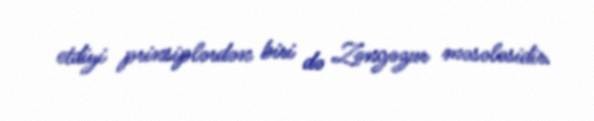
etdiyi prinsiplərdən biri də Zəngəzur məsələsidir.